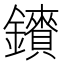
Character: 𮣠